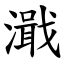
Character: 濈